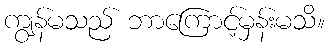
ကျွန်မသည် ဘာကြောင့်မှန်းမသိ။